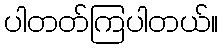
ပါတတ်ကြပါတယ်။